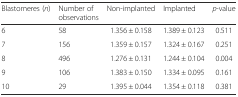
| Blastomeres (n) | Number of observations | Non-implanted | Implanted | p-value |
 | --- | --- | --- | --- | --- |
 | 6 | 58 | 1.356 ± 0.158 | 1.389 ± 0.123 | 0.511 |
 | 7 | 156 | 1.359 ± 0.157 | 1.324 ± 0.167 | 0.251 |
 | 8 | 496 | 1.276 ± 0.131 | 1.244 ± 0.104 | 0.004 |
 | 9 | 106 | 1.383 ± 0.150 | 1.334 ± 0.095 | 0.161 |
 | 10 | 29 | 1.395 ± 0.044 | 1.354 ± 0.118 | 0.381 |